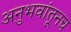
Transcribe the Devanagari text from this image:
अनुभवांतूनच